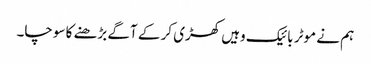
ہم نے موٹر بائیک وہیں کھڑی کر کے آگے بڑھنے کا سوچا۔